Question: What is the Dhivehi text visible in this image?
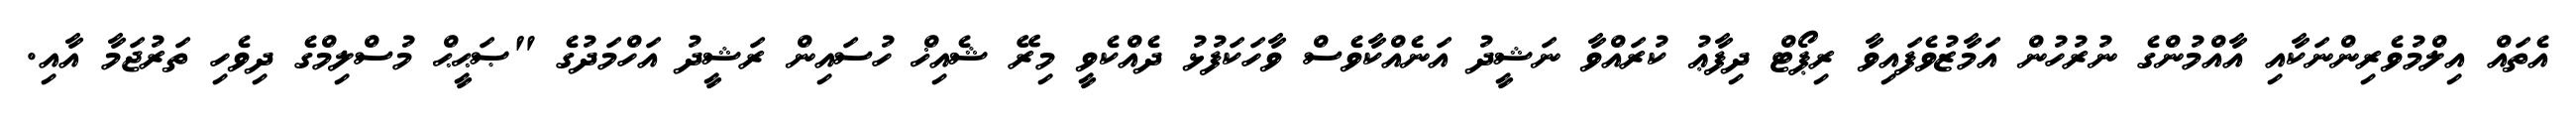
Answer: އެތައް އިލްމުވެރިންނަކާއި އާއްމުންގެ ނުރުހުން އަމާޒުވެފައިވާ ރިޕޯޓް ދިފާޢު ކުރައްވާ ނަޝީދު އަނެއްކާވެސް ވާހަކަފުޅު ދެއްކެވީ މިރޭ ޝެއިޚް ހުސައިން ރަޝީދު އަހްމަދުގެ "ޞަޙީޙް މުސްލިމްގެ ދިވެހި ތަރުޖަމާ އާއި.